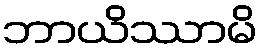
ဘာယိဿာမိ